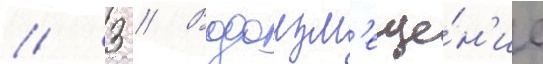
// 3 // Водоизм'еще́н'ие